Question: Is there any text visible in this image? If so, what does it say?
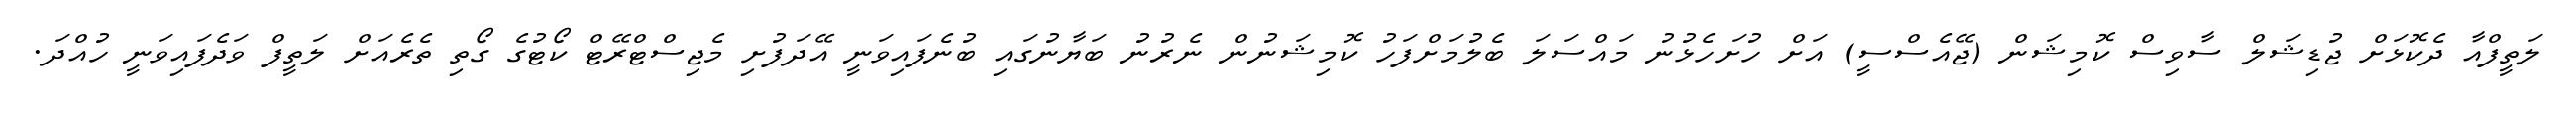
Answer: ލަތީފްއާ ދެކޮޅަށް ޖުޑިޝަލް ސާވިސް ކޮމިޝަން (ޖޭއެސްސީ) އަށް ހުށަހެޅުނު މައްސަލަ ބެލުމަށްފަހު ކޮމިޝަނުން ނެރުނު ބަޔާނުގައި ބުނެފައިވަނީ އޭދަފުށި މެޖިސްޓްރޭޓް ކޯޓުގެ ގޯތި ތެރެއަށް ލަތީފް ވަދެފައިވަނީ ހުއްދަ.